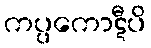
ကပ္ပကောဋီပိ